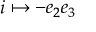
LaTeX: i \mapsto - e _ { 2 } e _ { 3 }